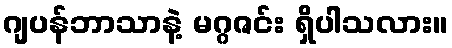
ဂျပန်ဘာသာနဲ့ မဂ္ဂဇင်း ရှိပါသလား။